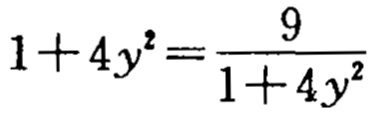
\(1 + 4y^{2}=\frac{9}{1 + 4y^{2}}\)